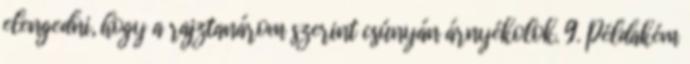
elengedni, hogy a rajztanárom szerint csúnyán árnyékolok. 9. Példakém